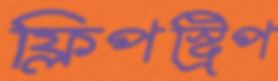
ফ্লিপস্ট্রিপ